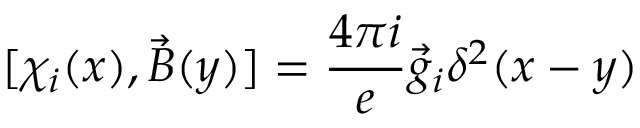
[ \chi _ { i } ( x ) , \vec { B } ( y ) ] = \frac { 4 \pi i } { e } \vec { g } _ { i } \delta ^ { 2 } ( x - y )